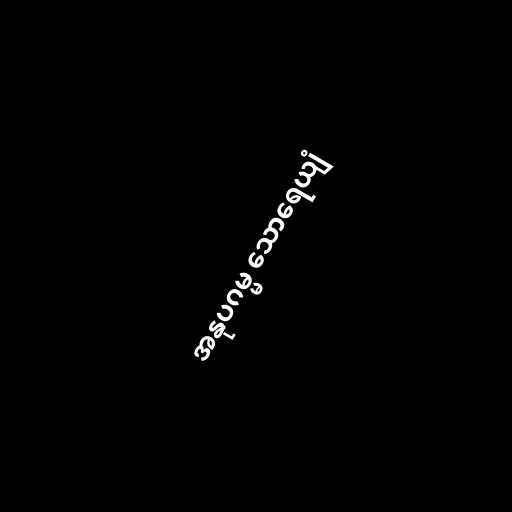
အနုပဂမ္မ သောရေယျံ